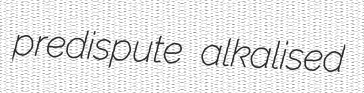
predispute alkalised